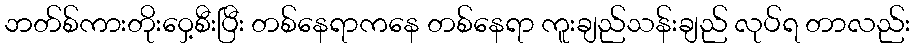
ဘတ်စ်ကားတိုးဝှေ့စီးပြီး တစ်နေရာကနေ တစ်နေရာ ကူးချည်သန်းချည် လုပ်ရ တာလည်း